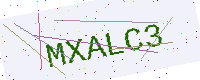
Text: MXALC3